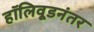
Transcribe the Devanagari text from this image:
हॉलिवूडनंतर